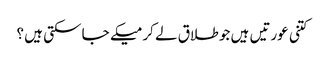
کتنی عورتیں ہیں جو طلاق لے کر میکے جا سکتی ہیں ؟